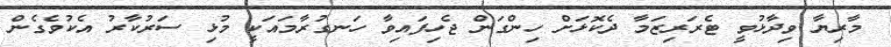
މާރިޔާ ވިދާޅުވީ ޓެރަރިޒަމާ ދެކޮޅަށް ހިންގަން ޖެހިފައިވާ ހަނގުރާމައަކީ މުޅި ސަރުކާރު އެކުވެގެން